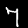
Label: 7